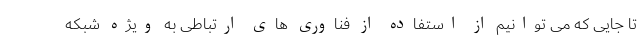
تا جایی که می توانیم از استفاده از فناوری های ارتباطی به ویژه شبکه